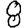
Digit: 8